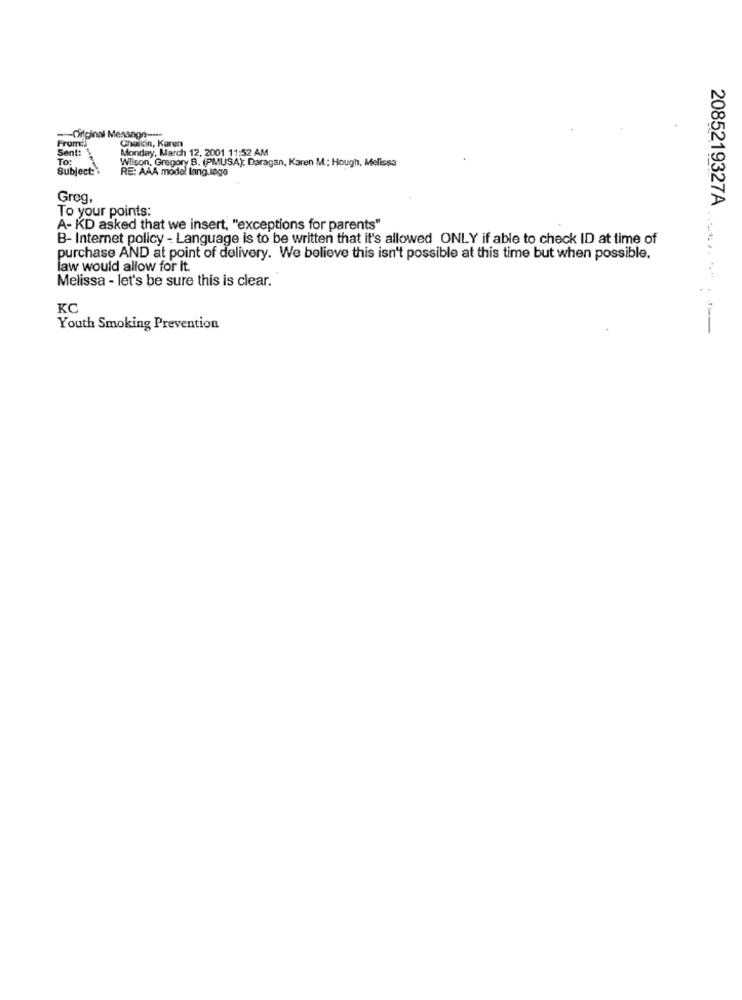
-Original Message ---
Chaikin, Karen
Sent:
Monday, March 12, 2001 11:52 AM
To:
Wilson, Gregory B. (PMUSA); Daragan, Karen M .: Hough. Melissa
Subject:
RE: AAA model lang Jaga
Greg,
2085219327A
To your points:
A- KD asked that we insert, "exceptions for parents"
B- Internet policy - Language is to be written that it's allowed ONLY if able to check ID at time of
purchase AND at point of delivery. We believe this isn't possible at this time but when possible.
law would allow for It.
Melissa - let's be sure this is clear.
KC
Youth Smoking Prevention